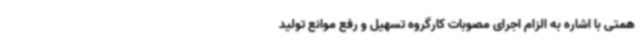
همتی با اشاره به الزام اجرای مصوبات کارگروه تسهیل و رفع موانع تولید